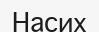
Насих